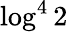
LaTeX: \log^{4}2